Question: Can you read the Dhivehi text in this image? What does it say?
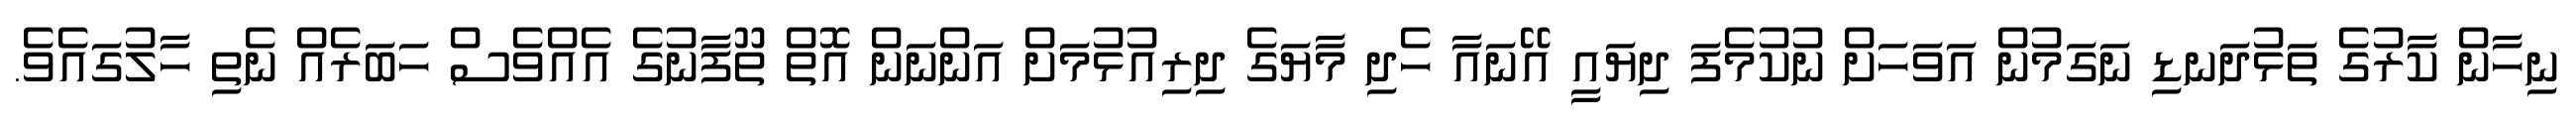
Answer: ނިހާން ކާރުގެ ތަޅުދަނޑި ނަގަމުން އަވަހަށް ނުކުމެފަ ދިޔައީ އޭނައާ ހެދި މާޔަގެ ދިރިއުޅުމަށް އަންނަން އޮތް ތޫފާނުގެ އެއްވެސް ހަބަރެއް ނެތި ހާލުގައެވެ.